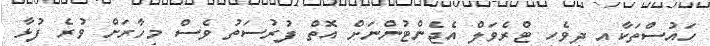
ހައުސްތަކާއި ދިވެހި ޓްރެވަލް އެޖެންޓުންނަށް އޮތް ފުރުސަތު ވެސް މިހާރަށް ވުރެ ފުޅާ